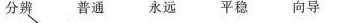
分辨 普通 永远 平稳 向导